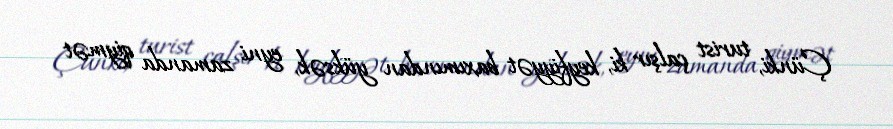
Çünki, turist çalşır ki, keyfiyyət baxımından yüksək, eyni zamanda qiymət